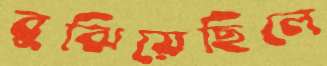
বুঝিয়েছিলে